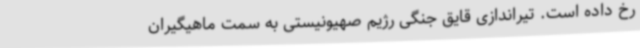
رخ داده است. تیراندازی قایق جنگی رژیم صهیونیستی به سمت ماهیگیران